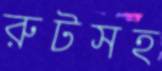
রুটসহ